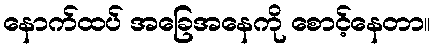
နောက်ထပ် အခြေအနေကို စောင့်နေတာ။